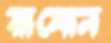
রামোন